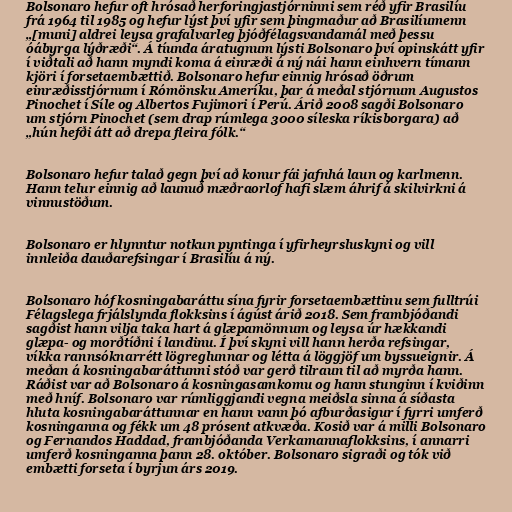
Bolsonaro hefur oft hrósað herforingjastjórninni sem réð yfir Brasilíu
frá 1964 til 1985 og hefur lýst því yfir sem þingmaður að Brasilíumenn
„[muni] aldrei leysa grafalvarleg þjóðfélagsvandamál með þessu
óábyrga lýðræði“. Á tíunda áratugnum lýsti Bolsonaro því opinskátt yfir
í viðtali að hann myndi koma á einræði á ný nái hann einhvern tímann
kjöri í forsetaembættið. Bolsonaro hefur einnig hrósað öðrum
einræðisstjórnum í Rómönsku Ameríku, þar á meðal stjórnum Augustos
Pinochet í Síle og Albertos Fujimori í Perú. Árið 2008 sagði Bolsonaro
um stjórn Pinochet (sem drap rúmlega 3000 síleska ríkisborgara) að
„hún hefði átt að drepa fleira fólk.“

Bolsonaro hefur talað gegn því að konur fái jafnhá laun og karlmenn.
Hann telur einnig að launuð mæðraorlof hafi slæm áhrif á skilvirkni á
vinnustöðum.

Bolsonaro er hlynntur notkun pyntinga í yfirheyrsluskyni og vill
innleiða dauðarefsingar í Brasilíu á ný.

Bolsonaro hóf kosningabaráttu sína fyrir forsetaembættinu sem fulltrúi
Félagslega frjálslynda flokksins í ágúst árið 2018. Sem frambjóðandi
sagðist hann vilja taka hart á glæpamönnum og leysa úr hækkandi
glæpa- og morðtíðni í landinu. Í því skyni vill hann herða refsingar,
víkka rannsóknarrétt lögreglunnar og létta á löggjöf um byssueignir. Á
meðan á kosningabaráttunni stóð var gerð tilraun til að myrða hann.
Ráðist var að Bolsonaro á kosningasamkomu og hann stunginn í kviðinn
með hníf. Bolsonaro var rúmliggjandi vegna meiðsla sinna á síðasta
hluta kosningabaráttunnar en hann vann þó afburðasigur í fyrri umferð
kosninganna og fékk um 48 prósent atkvæða. Kosið var á milli Bolsonaro
og Fernandos Haddad, frambjóðanda Verkamannaflokksins, í annarri
umferð kosninganna þann 28. október. Bolsonaro sigraði og tók við
embætti forseta í byrjun árs 2019.